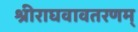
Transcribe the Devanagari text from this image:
श्रीराघवावतरणम्